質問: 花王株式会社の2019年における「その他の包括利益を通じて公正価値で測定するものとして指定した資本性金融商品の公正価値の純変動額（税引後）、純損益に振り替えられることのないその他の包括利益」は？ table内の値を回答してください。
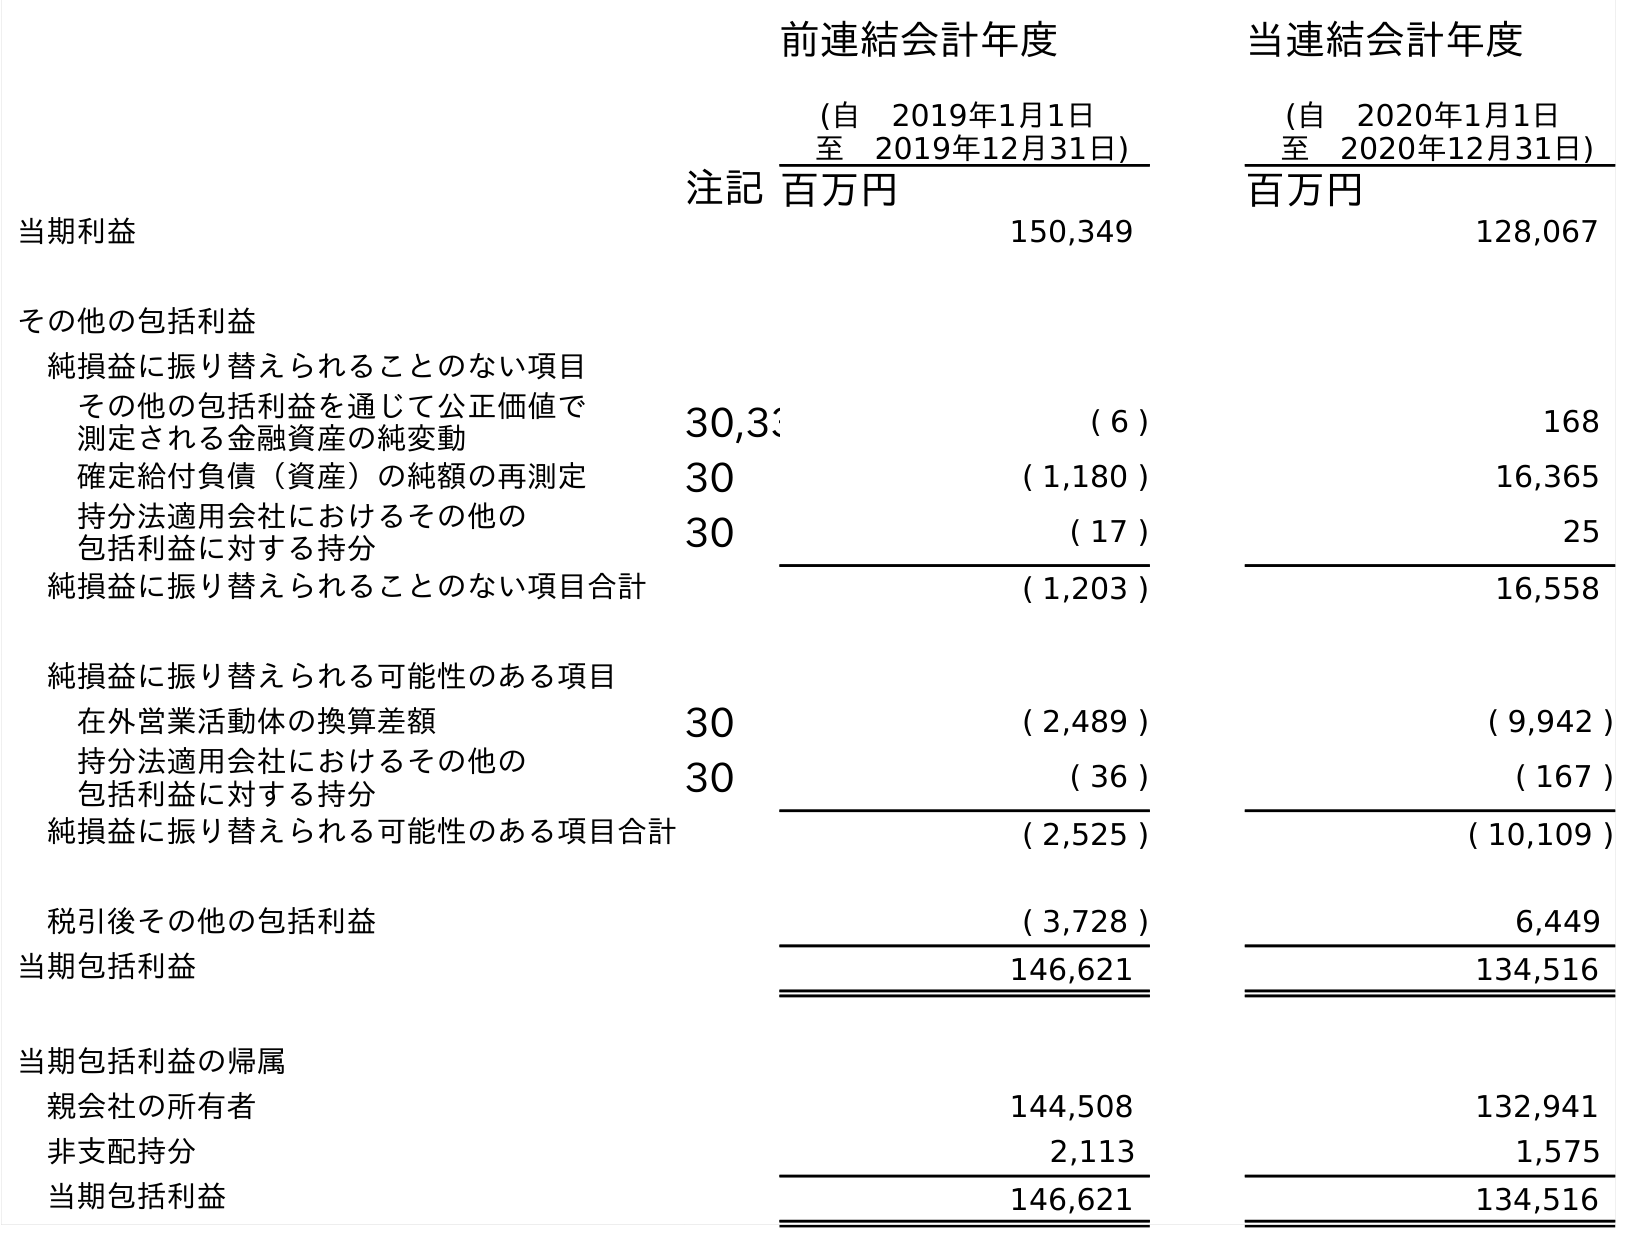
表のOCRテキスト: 前連結会計年度 (自 2019年1月1日 至 2019年12月31日) 当連結会計年度 (自 2020年1月1日 至 2020年12月31日) 注記百万円 百万円 当期利益 150,349 128,067 その他の包括利益 純損益に振り替えられることのない項目 その他の包括利益を通じて公正価値で 測定される金融資産の純変動 30,33 ( 6 ) 168 確定給付負債（資産）の純額の再測定 30 ( 1,180 ) 16,365 持分法適用会社におけるその他の 包括利益に対する持分 30 ( 17 ) 25 純損益に振り替えられることのない項目合計 ( 1,203 ) 16,558 純損益に振り替えられる可能性のある項目 在外営業活動体の換算差額 30 ( 2,489 ) ( 9,942 ) 持分法適用会社におけるその他の 包括利益に対する持分 30 ( 36 ) ( 167 ) 純損益に振り替えられる可能性のある項目合計 ( 2,525 ) ( 10,109 ) 税引後その他の包括利益 ( 3,728 ) 6,449 当期包括利益 146,621 134,516 当期包括利益の帰属 親会社の所有者 144,508 132,941 非支配持分 2,113 1,575 当期包括利益 146,621 134,516
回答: (6)